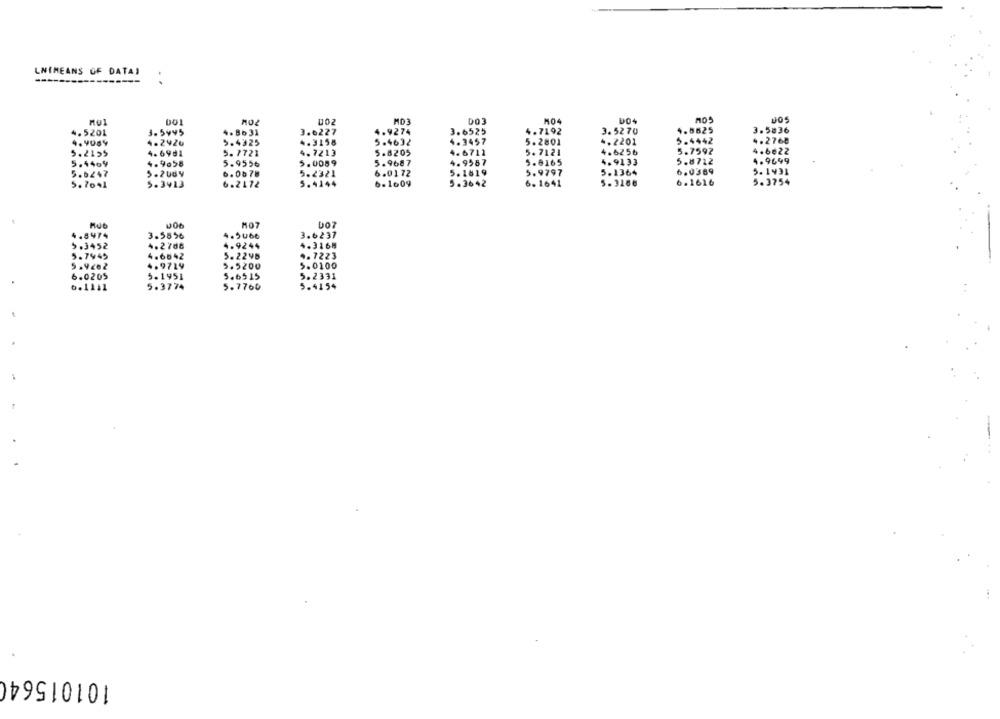
LNIMEANS OF DATA)
.
001
002
MD3
DO3
MO4
3.6525
.7192
3.5270
4.5625
3.5836
.5201
1.5945
4.8631
3.0227
4.9274
4. 9USY
4.2426
5.4325
4.3158
5.4632
4.3457
5. 2801
+.2201
5.4442
4.2768
4.7213
5.8205
5. 7121
4.6256
5.7592
4.6622
5.2155
4.6981
5. 7721
4.6711
4.9499
5.1469
4.9058
5.955₺
5.0089
5.9687
4.9587
5.6165
4.9133
5.8712
5.6247
6.0678
5.2321
6.0172
5.1819
5.9797
5.1364
6.0369
5.1431
5.7041
5.3413
6.2172
5.4444
6.1009
5.3642
6. 1641
5.3186
6.1616
5.3754
MO7
DO7
4.8474
3.5556
.. 5066
3.6237
5.3452
4.2700
.9244
4.3168
5.7945
4.6542
5.2248
4.7223
5.9282
4.9719
5.5200
5.0100
6.0205
5.1451
5.6515
5.2331
6.1111
5.3774
5.7760
5.4154
101015640